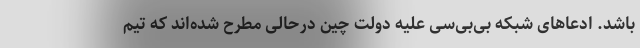
باشد. ادعاهای شبکه بی‌بی‌سی علیه دولت چین درحالی مطرح شده‌اند که تیم